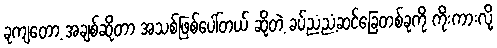
ခုကျတော့ အချစ်ဆိုတာ အသစ်ဖြစ်ပေါ်တယ် ဆိုတဲ့ ခပ်ညံ့ညံ့ဆင်ခြေတစ်ခုကို ကိုးကားလို့